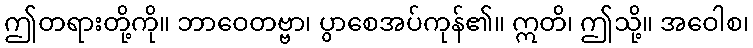
ဤတရားတို့ကို။ ဘာဝေတဗ္ဗာ၊ ပွာစေအပ်ကုန်၏။ ဣတိ၊ ဤသို့။ အဝေါစ၊